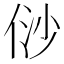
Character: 𠈱